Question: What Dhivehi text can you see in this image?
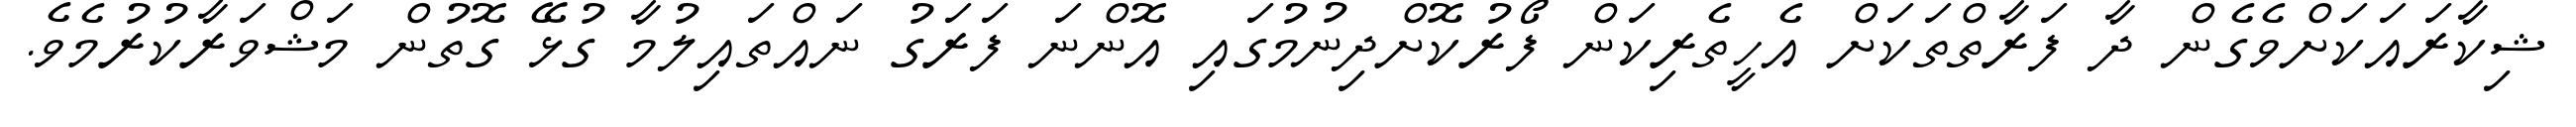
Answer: ޝިކާރައަކަށްވެގެން ދާ ފަރާތްތަކަށް އެހީތެރިކަން ފޯރުކޮށްދިނުމުގައި އޮންނަ ފަރަގު ނައްތައިލުމާ ގުޅޭ ގޮތުން މަޝްވަރާކުރުމެވެ.